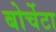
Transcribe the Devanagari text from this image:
बोर्चेटा